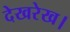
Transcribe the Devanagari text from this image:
देखरेख।